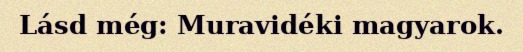
Lásd még: Muravidéki magyarok.